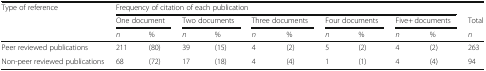
| <ROWSPAN=3> Type of reference | <COLSPAN=10> Frequency of citation of each publication |  |
 | <COLSPAN=2> One document | <COLSPAN=2> Two documents | <COLSPAN=2> Three documents | <COLSPAN=2> Four documents | <COLSPAN=2> Five+ documents | Total |
 | n | % | n | % | n | % | n | % | n | % | n |
 | --- | --- | --- | --- | --- | --- | --- | --- | --- | --- | --- | --- |
 | Peer reviewed publications | 211 | (80) | 39 | (15) | 4 | (2) | 5 | (2) | 4 | (2) | 263 |
 | Non-peer reviewed publications | 68 | (72) | 17 | (18) | 4 | (4) | 1 | (1) | 4 | (4) | 94 |